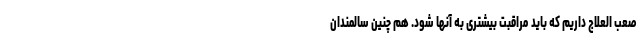
صعب العلاج داریم که باید مراقبت بیشتری به آنها شود. هم چنین سالمندان